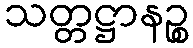
သတ္တဋ္ဌာနဉ္စ